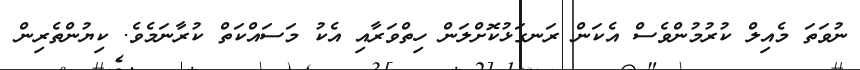
ނުވަތަ މެއިލް ކުރުމުންވެސް އެކަން ރަނގަޅުކޮށްލަން ހިތްވަރާއި އެކު މަސައްކަތް ކުރާނަމެެވެ. ކިޔުންތެރިން